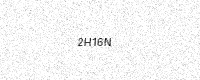
Text: 2H16N